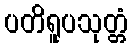
ပတိရူပသုတ္တံ